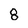
Character: 8